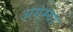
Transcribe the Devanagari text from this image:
अगम्या